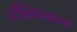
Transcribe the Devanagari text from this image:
स्टौलिचनाया